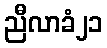
ညီလာခံ၂၁